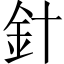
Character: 針